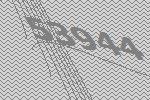
53944